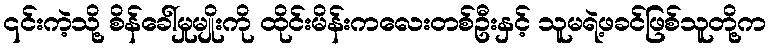
၎င်းကဲ့သို့ စိန်ခေါ်မှုမျိုးကို ထိုင်းမိန်းကလေးတစ်ဦးနှင့် သူမရဲ့ဖခင်ဖြစ်သူတို့က